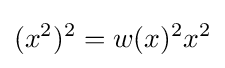
(x^{2})^{2}=w(x)^{2}x^{2}